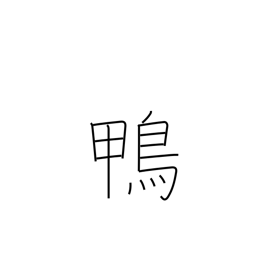
Meaning: easy mark